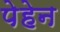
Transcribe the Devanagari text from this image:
पेहेन